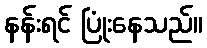
နန်းရင် ပြုံးနေသည်။